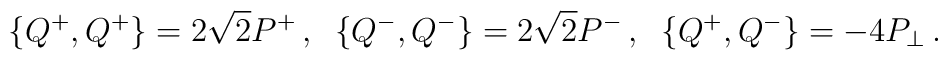
\{Q^+,Q^+\}=2\sqrt{2}P^+\,, \;\;\{Q^-,Q^-\}=2\sqrt{2}P^-\,, \;\;\{Q^+,Q^-\}=-4P_\perp\,.